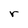
Character: r